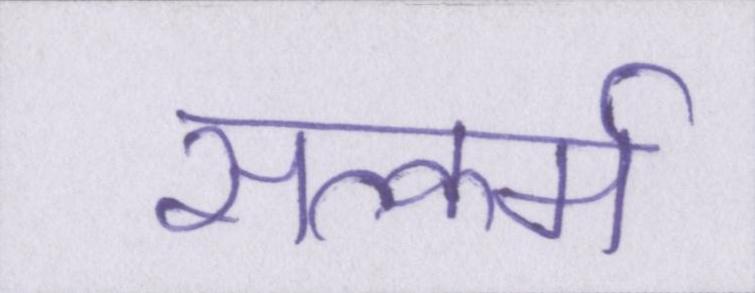
सत्कर्म